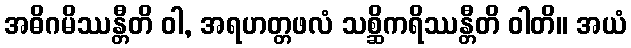
အဓိဂမိဿန္တီတိ ဝါ, အရဟတ္တဖလံ သစ္ဆိကရိဿန္တီတိ ဝါတိ။ အယံ